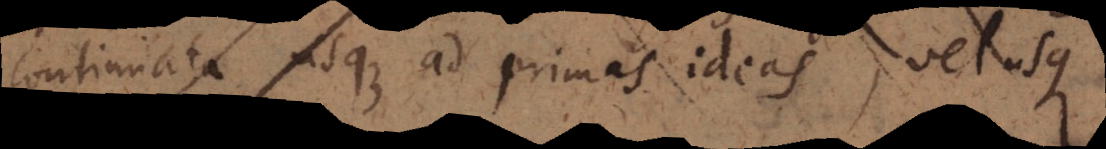
continuata usque ad primas ideas, vel usque